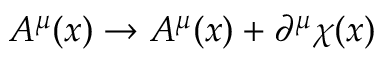
{ \cal A } ^ { \mu } ( x ) \rightarrow { \cal A } ^ { \mu } ( x ) + \partial ^ { \mu } \chi ( x )